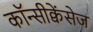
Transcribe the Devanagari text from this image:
कॉन्सीक्वेंसेज